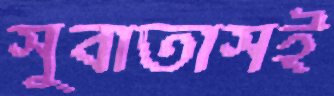
সুবাতাসই